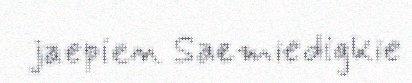
jaepien Saemiedigkie